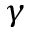
\gamma